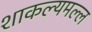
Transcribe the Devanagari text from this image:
शाकल्यमल्ल